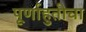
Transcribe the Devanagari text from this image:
पूर्णाहुतीचा